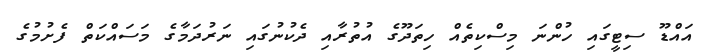
އައްޑޫ ސިޓީގައި ހުންނަ މިސްކިތެއް ހިތަދޫގެ އުތުރާއި ދެކުނުގައި ނަރުދަމާގެ މަަސައްކަތް ފެށުމުގެ